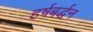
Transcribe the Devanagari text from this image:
हर्षबर्द्धन